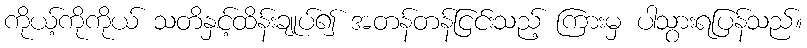
ကိုယ့်ကိုကိုယ် သတိနှင့်ထိန်းချုပ်၍ အတန်တန်ငြင်းသည့် ကြားမှ ပါသွားရပြန်သည်။